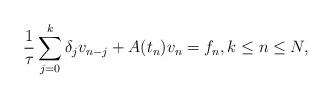
LaTeX: \begin{align*}\frac1\tau \sum_{j=0}^k \delta_j v_{n-j} + A(t_n) v_n = f_n,k\le n\le N ,\end{align*}